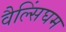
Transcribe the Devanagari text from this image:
वैल्सिंघम